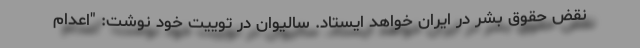
نقض حقوق بشر در ایران خواهد ایستاد. سالیوان در توییت خود نوشت: "اعدام